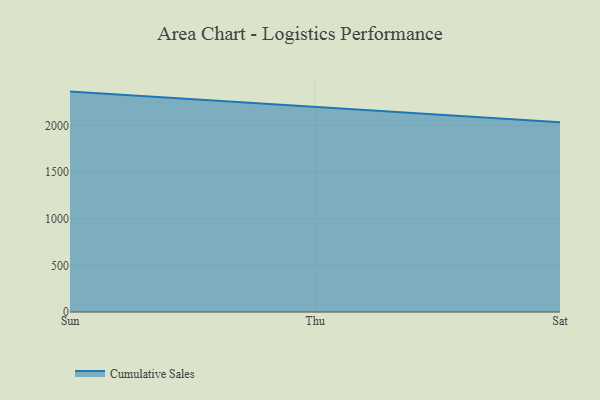
{"axis": {"x": "Day", "y": "Inventory Turnover"}, "legend": ["Cumulative Sales"], "data": [{"x": "Sun", "y": 2361.8, "type": "Cumulative Sales"}, {"x": "Thu", "y": 2199.1, "type": "Cumulative Sales"}, {"x": "Sat", "y": 2032.8, "type": "Cumulative Sales"}]}